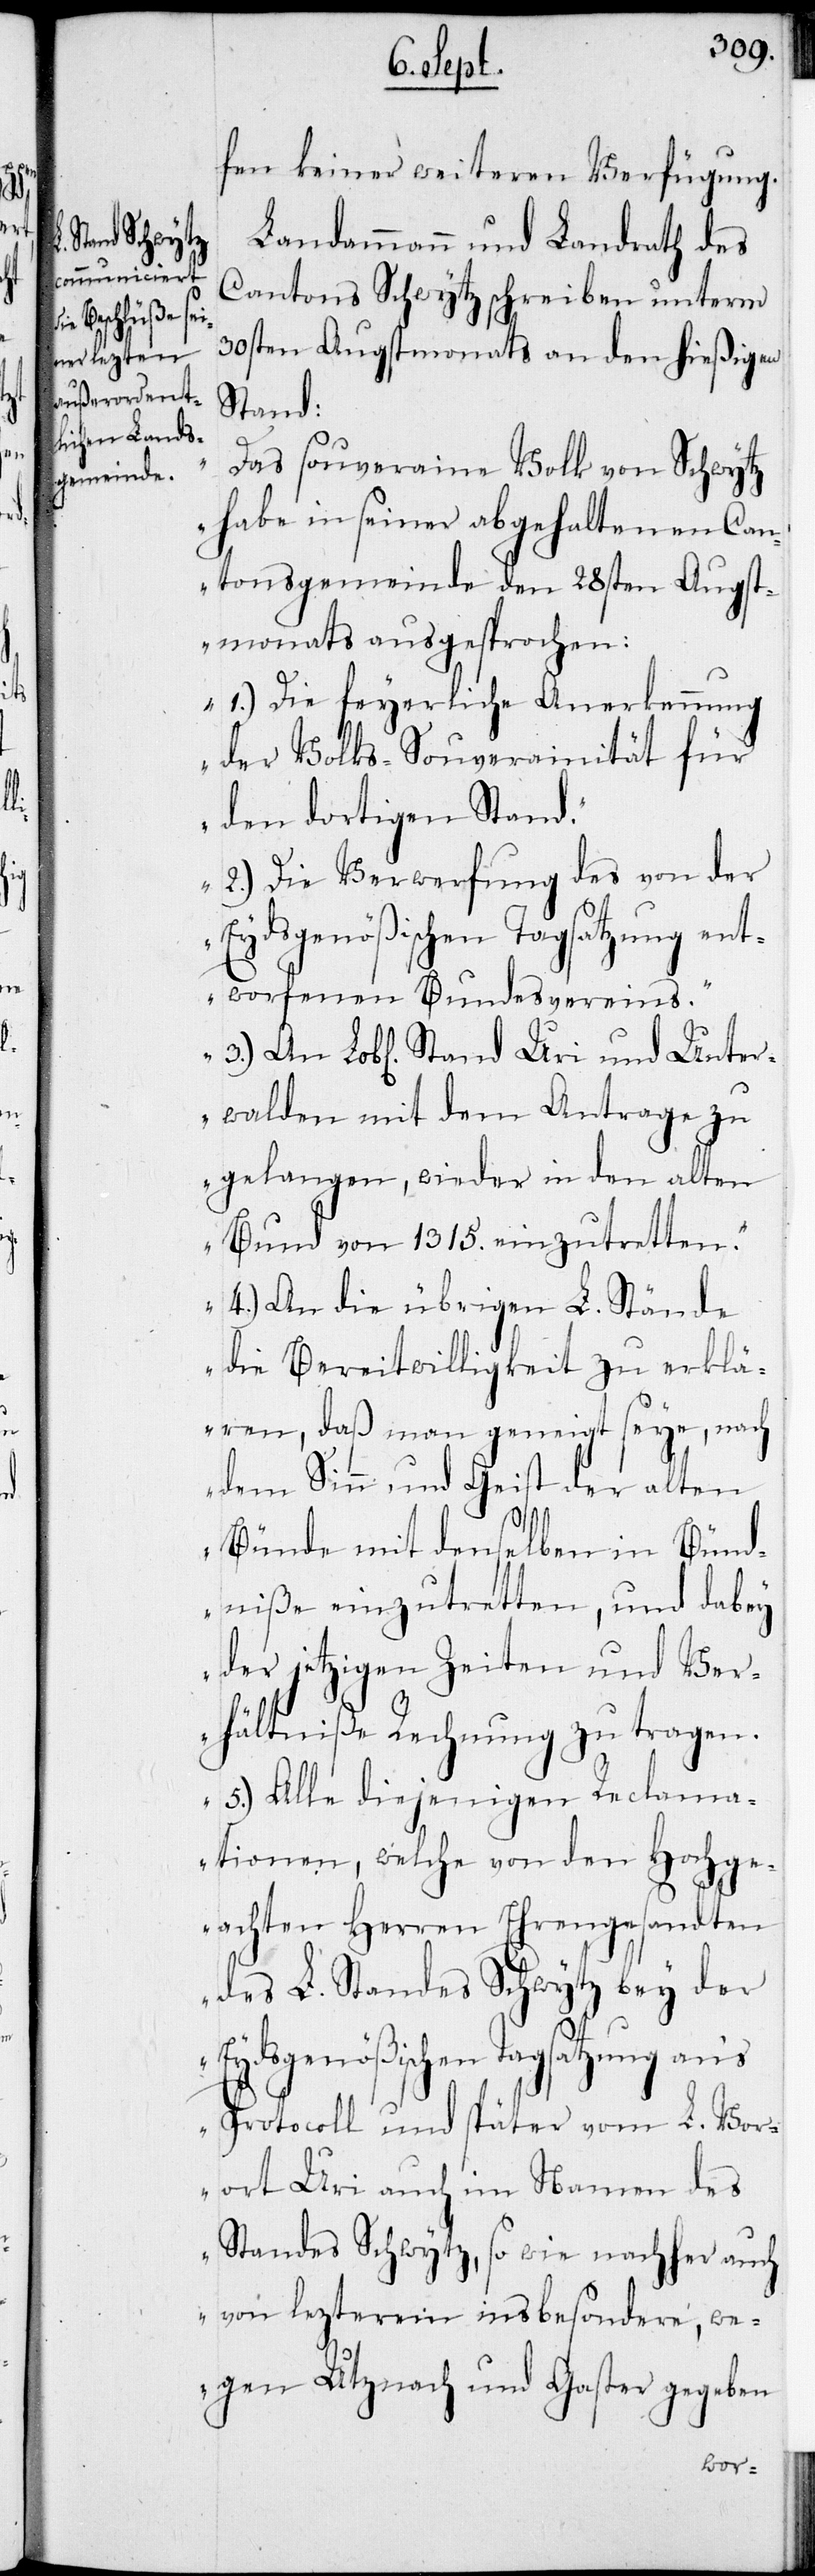
und Unter¬

fen keiner weiteren Verfügung.
Landammann und Landrath des
Cantons Schwytz schreiben unterm
30sten Augstmonats an den hießigen
Stand
„Das souveraine Volk von Schwytz
habe in seiner abgehaltenen Can¬
tonsgemeinde den 28sten Augst¬
monats ausgesprochen:
1.) Die feyerliche Anerkennung
der Volks-Souverainität für
den dortigen Stand.
2.) Die Verwerfung des von der
Eydsgenößischen Tagsatzung ent¬
worfenen Bundesvereins.
walden mit dem Antrage zu
gelangen, wieder in den alten
Bund von 1315. einzutretten.
4.) An die übrigen L. Stände
die Bereitwilligkeit zu erklä¬
ren, daß man geneigt seye, nach
dem Sinn und Geist der alten
Bünde mit denselben in Bünd¬
niße einzutretten, und dabey
der jetzigen Zeiten und Ver¬
hältniße Rechnung zu tragen.
5.) Alle diejenigen Reclama¬
tionen, welche von den Hochge¬
achten Herren Ehrengesandten
des L. Standes Schwytz bey der
Eydsgenößischen Tagsatzung aus
Protocoll und später vom L. Vor¬
ort Uri auch im Namen des
Standes Schwytz, so wie nachher auch
von lezterem insbesondere, we¬
gen Uznach und Gaster gegeben